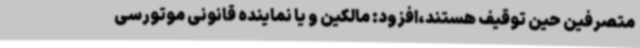
متصرفین حین توقیف هستند،افزود: مالکین و یا نماینده قانونی موتورسی